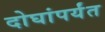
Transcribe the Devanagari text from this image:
दोघांपर्यंत